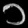
Digit: ၁